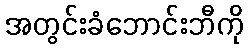
အတွင်းခံဘောင်းဘီကို